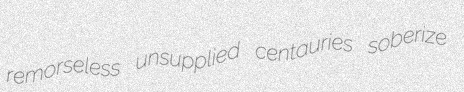
remorseless unsupplied centauries soberize